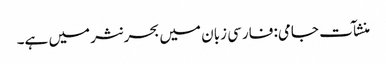
منشآت جامی: فارسی زبان میں بحر نثر میں ہے۔